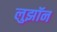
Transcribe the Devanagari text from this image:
लुझॉन